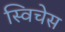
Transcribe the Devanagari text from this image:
स्विचेस